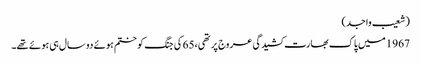
(شعیب واجد)
1967میں پاک بھارت کشیدگی عروج پر تھی،65 کی جنگ کو ختم ہوئے دو سال ہی ہوئے تھے۔